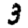
Digit: 3